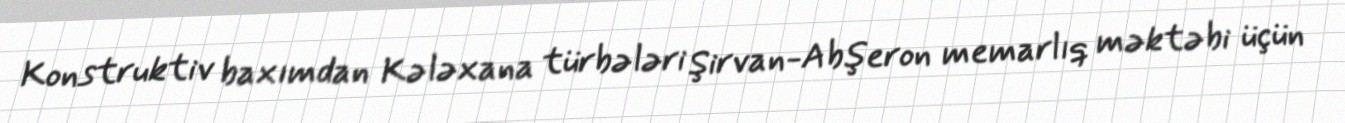
Konstruktiv baxımdan Kələxana türbələri Şirvan-Abşeron memarlıq məktəbi üçün